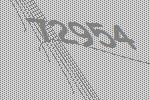
72954